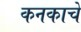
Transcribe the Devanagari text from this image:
कनकाचे